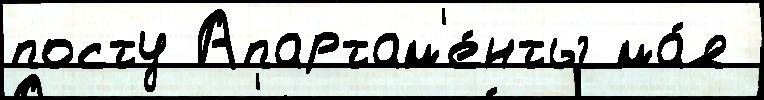
посту Апартам'е́нты ма́я